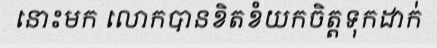
នោះមក លោកបានខិតខំយកចិត្តទុកដាក់